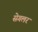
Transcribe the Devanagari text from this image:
सेगलर